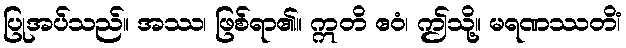
ပြုအပ်သည်။ အဿ၊ ဖြစ်ရာ၏။ ဣတိ ဧဝံ၊ ဤသို့။ မရဏဿတိံ၊